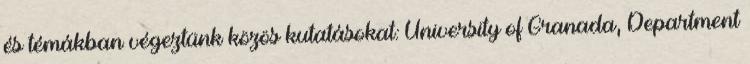
és témákban végeztünk közös kutatásokat: University of Granada, Department